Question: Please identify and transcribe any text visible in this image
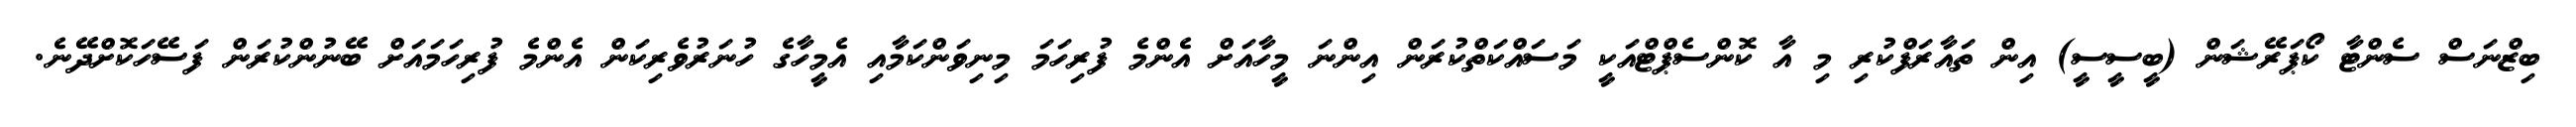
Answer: ބިޒްނަސް ސެންޓާ ކޯޕަރޭޝަން (ބީސީސީ) އިން ތައާރަފްކުރި މި އާ ކޮންސެޕްޓްއަކީ މަސައްކަތްކުރަން އިންނަ މީހާއަށް އެންމެ ފުރިހަމަ މިނިވަންކަމާއި އެމީހާގެ ހުނަރުވެރިކަން އެންމެ ފުރިހަމައަށް ބޭނުންކުރަން ފަސޭހަކޮށްދޭނެ.